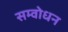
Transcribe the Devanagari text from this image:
सम्वोधन